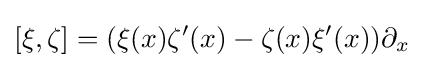
[\xi ,\zeta ]=(\xi (x)\zeta '(x)-\zeta (x)\xi '(x))\partial _{x}